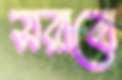
সরাবো